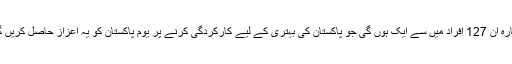
اداکارہ ان 127 افراد میں سے ایک ہوں گی جو پاکستان کی بہتری کے لیے کارکردگی کرنے پر یوم پاکستان کو یہ اعزاز حاصل کریں گے۔